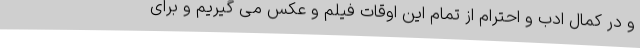
و در کمال ادب و احترام از تمام این اوقات فیلم و عکس می گیریم و برای